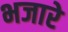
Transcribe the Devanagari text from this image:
भजारे